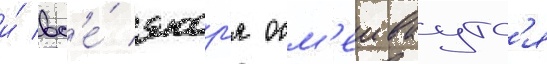
и́ вс'е́ якор'я осм'еиваутс'я